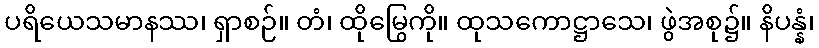
ပရိယေသမာနဿ၊ ရှာစဉ်။ တံ၊ ထိုမြွေကို။ ထုသကောဋ္ဌာသေ၊ ဖွဲအစု၌။ နိပန္နံ၊